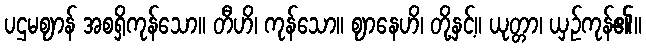
ပဌမဈာန် အစရှိကုန်သော။ တီဟိ၊ ကုန်သော။ ဈာနေဟိ၊ တို့နှင့်။ ယုတ္တာ၊ ယှဉ်ကုန်၏။